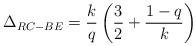
LaTeX: \begin{align*}\Delta_{RC-BE} =\frac{k}{q} \left(\frac{3}{2}+\frac{1-q}{k}\right)\end{align*}